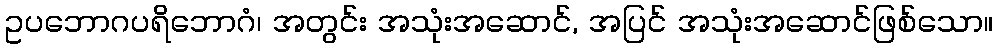
ဥပဘောဂပရိဘောဂံ၊ အတွင်း အသုံးအဆောင်, အပြင် အသုံးအဆောင်ဖြစ်သော။